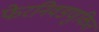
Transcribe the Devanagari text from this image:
फेरनिवडणुकित